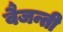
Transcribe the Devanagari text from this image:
वैजन्ती